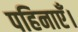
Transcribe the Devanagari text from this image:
पहिनाएँ।